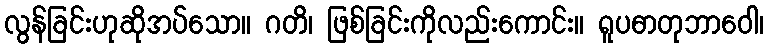
လွန်ခြင်းဟုဆိုအပ်သော။ ဂတိ၊ ဖြစ်ခြင်းကိုလည်းကောင်း။ ရူပဓာတုဘာဝေါ၊